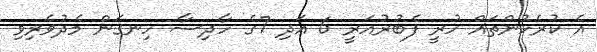
އެ ކުރެހުންތައް ހުރީ ފެބުރުއަރީ 6 އަދި 7ގެ ހާދިސާ ހިނގަން މެދުވެރިވި